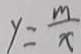
y = \frac { m } { x }